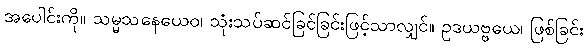
အပေါင်းကို။ သမ္မသနေယေဝ၊ သုံးသပ်ဆင်ခြင်ခြင်းဖြင့်သာလျှင်။ ဥဒယဗ္ဗယေ၊ ဖြစ်ခြင်း